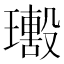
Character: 𤪢